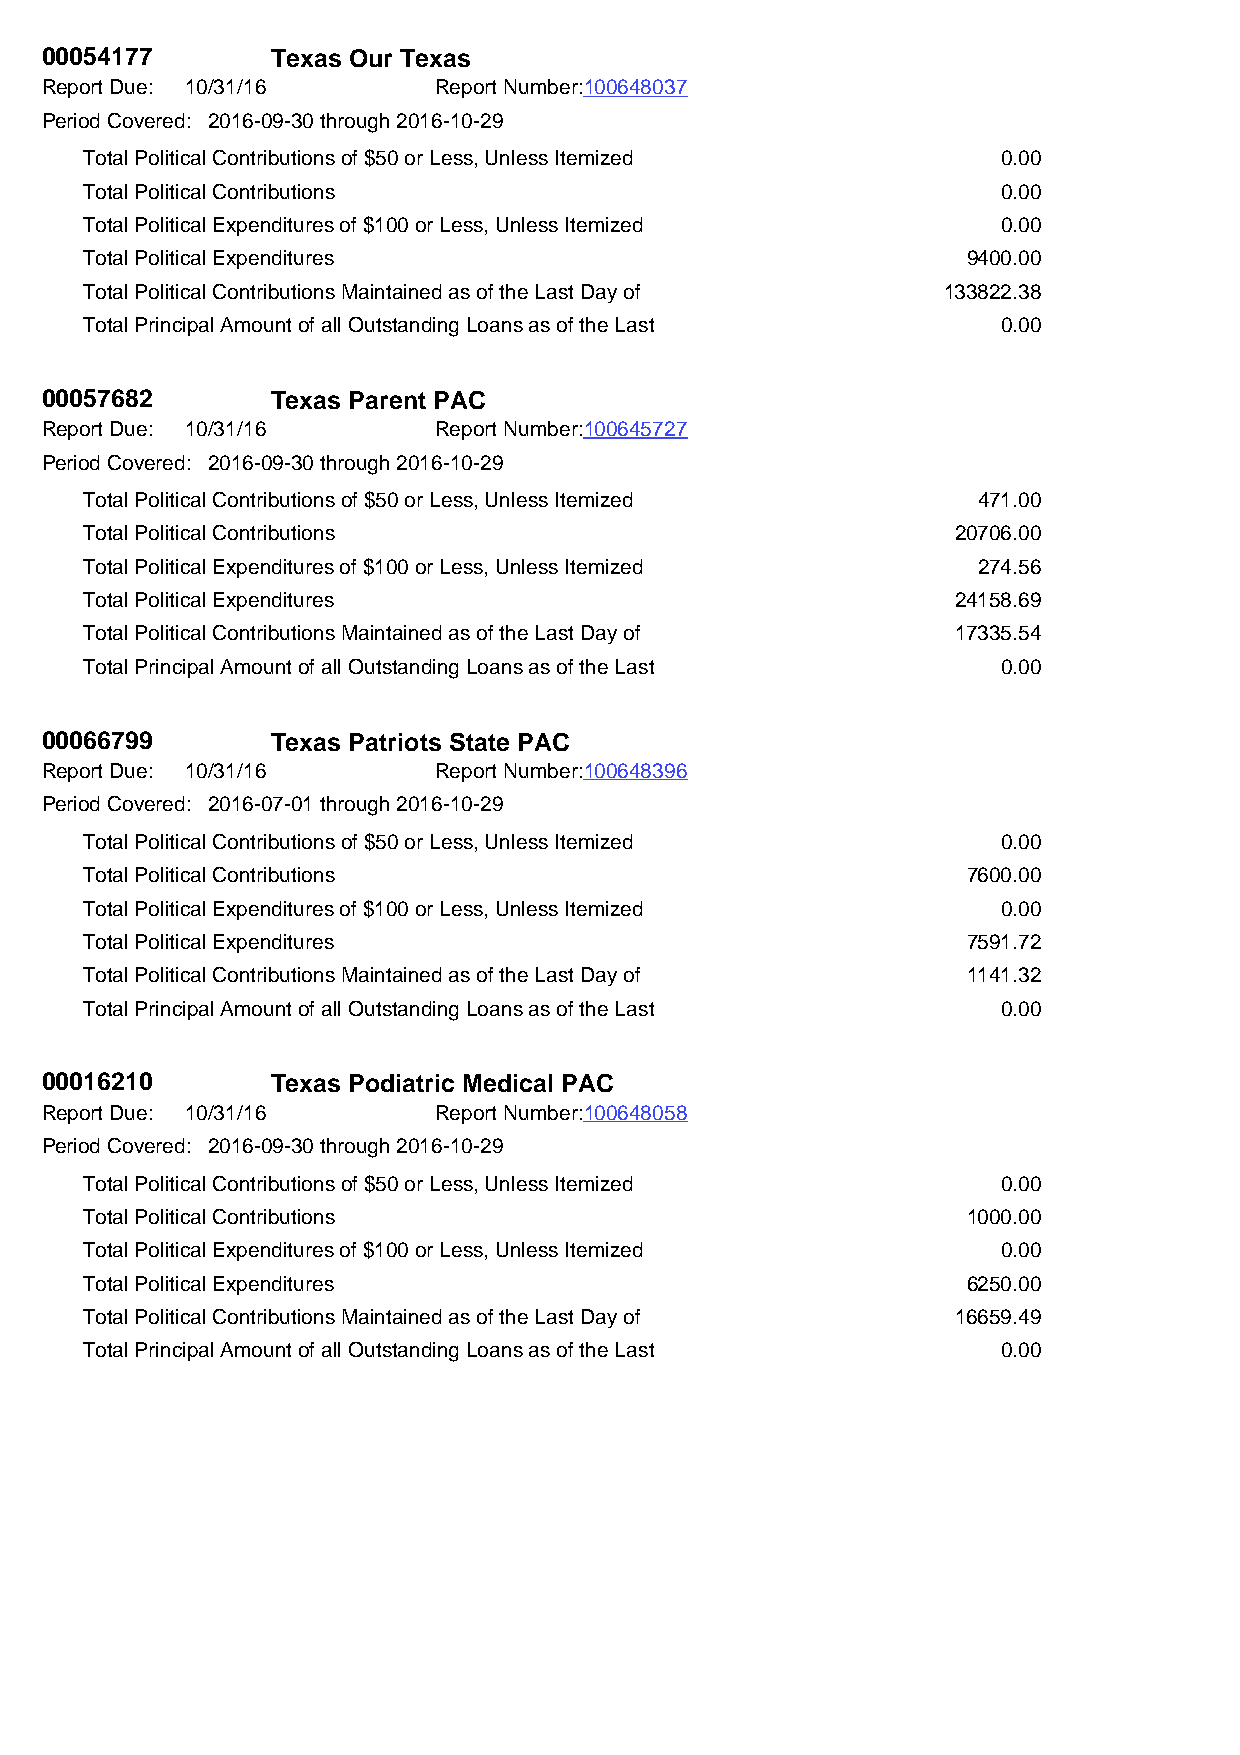
00054177       Texas Our Texas
 Report Due: 10/31/16      Report Number:100648037
 Period Covered: 2016-09-30 through 2016-10-29
 Total Political Contributions of $50 or Less, Unless Itemized 0.00
 Total Political Contributions                               0.00
 Total Political Expenditures of $100 or Less, Unless Itemized 0.00
 Total Political Expenditures                              9400.00
 Total Political Contributions Maintained as of the Last Day of 133822.38
 Total Principal Amount of all Outstanding Loans as of the Last 0.00
 00057682       Texas Parent PAC
 Report Due: 10/31/16      Report Number:100645727
 Period Covered: 2016-09-30 through 2016-10-29
 Total Political Contributions of $50 or Less, Unless Itemized 471.00
 Total Political Contributions                            20706.00
 Total Political Expenditures of $100 or Less, Unless Itemized 274.56
 Total Political Expenditures                             24158.69
 Total Political Contributions Maintained as of the Last Day of 17335.54
 Total Principal Amount of all Outstanding Loans as of the Last 0.00
 00066799       Texas Patriots State PAC
 Report Due: 10/31/16      Report Number:100648396
 Period Covered: 2016-07-01 through 2016-10-29
 Total Political Contributions of $50 or Less, Unless Itemized 0.00
 Total Political Contributions                             7600.00
 Total Political Expenditures of $100 or Less, Unless Itemized 0.00
 Total Political Expenditures                              7591.72
 Total Political Contributions Maintained as of the Last Day of 1141.32
 Total Principal Amount of all Outstanding Loans as of the Last 0.00
 00016210       Texas Podiatric Medical PAC
 Report Due: 10/31/16      Report Number:100648058
 Period Covered: 2016-09-30 through 2016-10-29
 Total Political Contributions of $50 or Less, Unless Itemized 0.00
 Total Political Contributions                             1000.00
 Total Political Expenditures of $100 or Less, Unless Itemized 0.00
 Total Political Expenditures                              6250.00
 Total Political Contributions Maintained as of the Last Day of 16659.49
 Total Principal Amount of all Outstanding Loans as of the Last 0.00